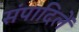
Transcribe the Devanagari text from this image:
संपादिलें